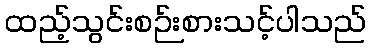
ထည့်သွင်းစဉ်းစားသင့်ပါသည်